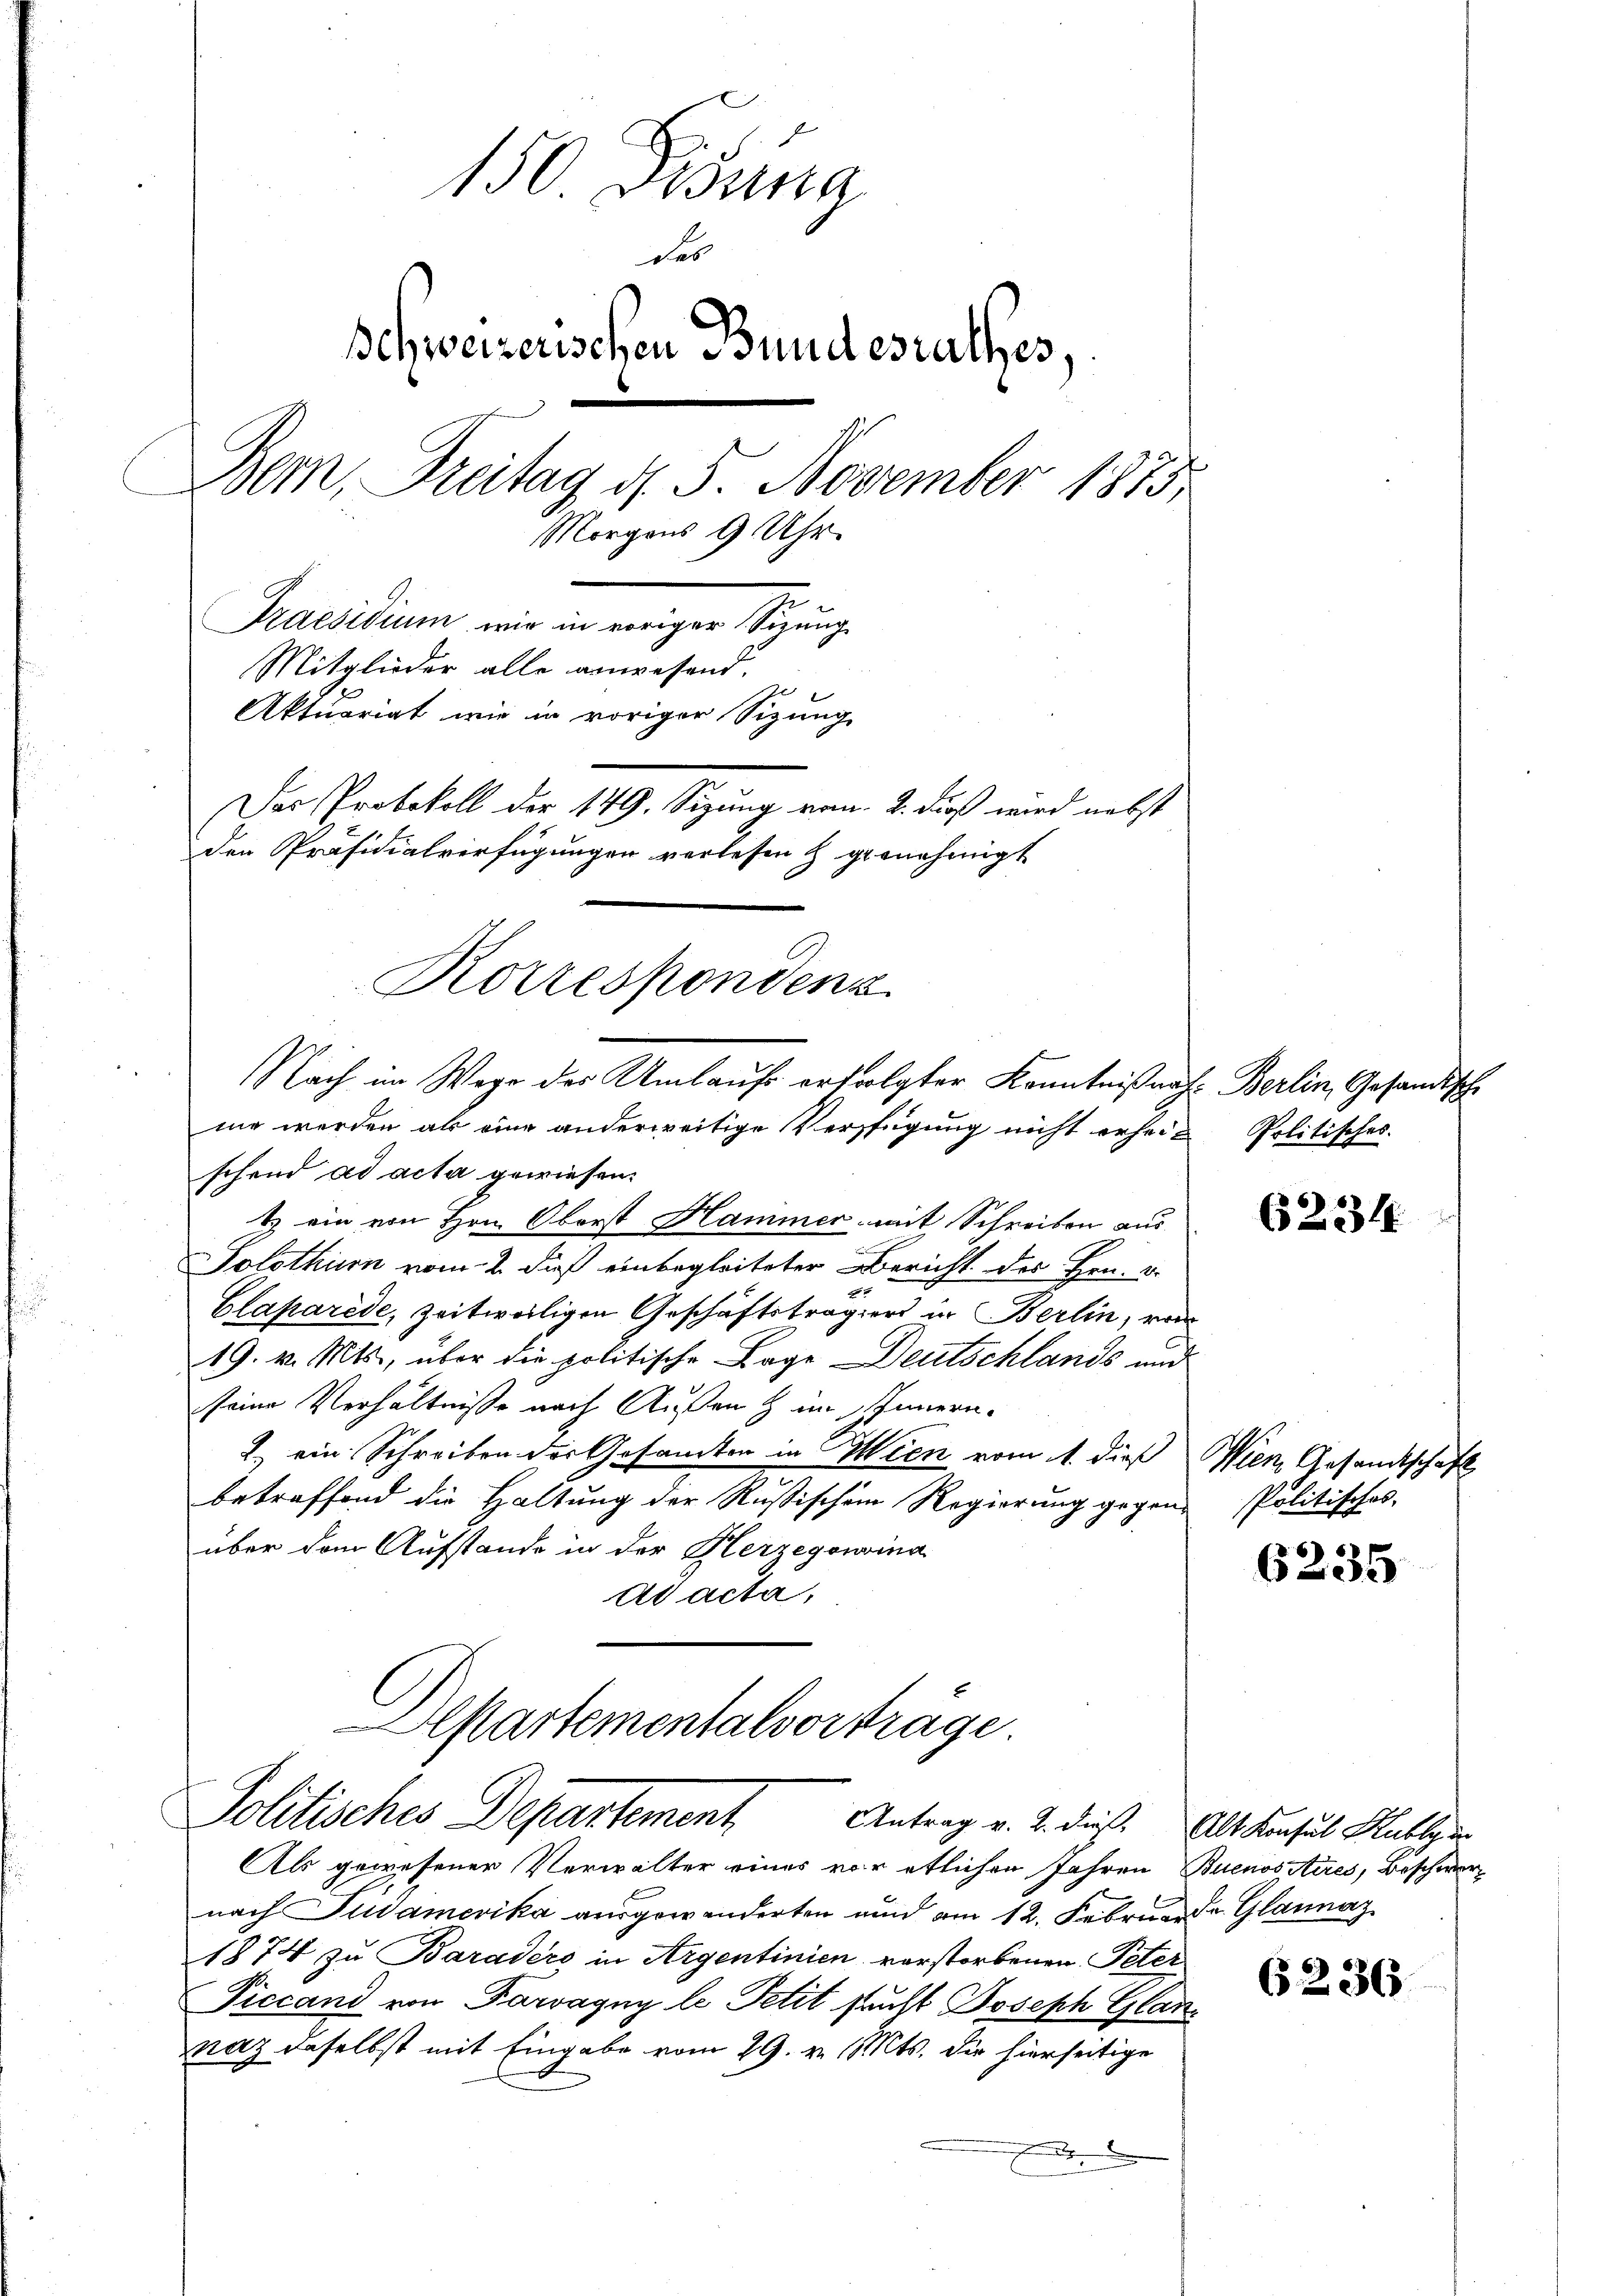
150. Desina
des
Schweizerischen Bundesrathes,
Bem, Freitag d. 5. November 1875
Morgens 9 Uhr.
Praesidium wir in voriger Sizung
Mitglieder alle anwesend.
Aktuariat wie in voriger Sizung
Das Protokoll der 149. Sizung vom 2. daß wird nebst
den Präsidialverfügungen verlesen & genehmigt
Korrespondenz

Nach im Wege des Umlaufs erfolgter Kenntnißen
me werden als eine anderweitige Verfügung nicht erheit

schend ad acta gewiesen.
& ein von Hrn. Oberst Hammer mit Schreiben aus
Solothurn vom 2. dieß einbegleiteter Bericht des Hrn. 2.
Claparede, zeitweiligen Geschäftstragiers in Berlin, von
19. v. Mts., über die politische Lage Deutschlands und
seine Verhältnisse nach Außen & im Innern.
2) ein Schreiben der Gesamten in Wien vom 11. dieß
betreffend die Haltung der Rußischem Regierung gegen
über dem Aufstande in der Herzegowina
ad acta,

Apartementalvorträge.
Politisches Departement
Antrag v. 2. dieß. Alt Konsul Hubbe in

Als gewesener Verwalter eines vor etlichen Jahren Buenositires, Beschwer
nach Südamerika ausgewanderten und am 12. Februar de Glannaz
1874 zu Baradero in Argentinien verstorbenen Peter
Piccand von Parvagny le Petit stuft Joseph Glannaz daselbst mit Eingabe vom 29. v. Mts. die hierseitige
.

E. Berlin, Gesandtische
Politisches.

6234.

Wien Gesandtschaft
Politisches,

6235

6236